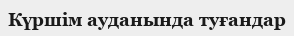
Күршім ауданында туғандар